Report on lock hospitals in British Burma
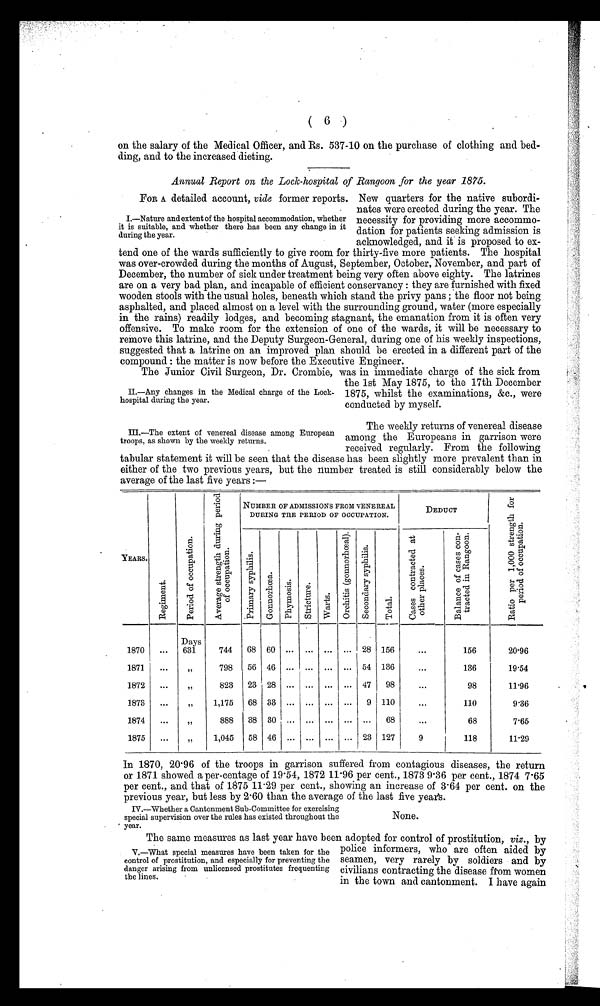
FOR A detailed account, vide former reports.
I.—Nature and extent of the hospital accommodation, whether
it is suitable, and whether there has been any change in it
during the year.
IL—Any changes in the Medical charge of the Lock-
hospital during the year.
III.—The extent of venereal disease among European
troops, as shown by the weekly returns.
( 6 )
on the salary of the Medical Officer, and Rs. 537-10 on the purchase of clothing and bed-
ding, and to the increased dieting.
Annual Report on the Lock–hospital of Rangoon for the year 1875.
New quarters for the native subordi-
nates were erected during the year. The
necessity for providing more accommo-
dation for patients seeking admission is
acknowledged, and it is proposed to ex-
tend one of the wards sufficiently to give room for thirty-five more patients. The hospital
was over-crowded during the months of August, September, October, November, and part of
December, the number of sick under treatment being very often above eighty. The latrines
are on a very bad plan, and incapable of efficient conservancy : they are furnished with fixed
wooden stools with the usual holes, beneath which stand the privy pans ; the floor not being
asphalted, and placed almost on a level with the surrounding ground, water (more especially
in the rains) readily lodges, and becoming stagnant, the emanation from it is often very
offensive. To make room for the extension of one of the wards, it will be necessary to
remove this latrine, and the Deputy Surgeon-General, during one of his weekly inspections,
suggested that a latrine on an improved plan should be erected in a different part of the
compound : the matter is now before the Executive Engineer.
The Junior Civil Surgeon, Dr. Crombie, was in immediate charge of the sick from
the 1st May 1875, to the 17th December
1875, whilst the examinations, &c., were
conducted by myself.
The weekly returns of venereal disease
among the Europeans in garrison were
received regularly. From the following
tabular statement it will be seen that the disease has been slightly more prevalent than in
either of the two previous years, but the number treated is still considerably below the
average of the last five years :—
YEARS.
R e g i m e n t
p e r i o d o f o c c u p a t i o n .
A v e r a g e s t r e n g t h d u r i n g p e r i o d
o f o c c u p a t i o n .
NUMBER OF ADMISSIONS FROM VENEREAL
DURING THE PERIOD OF OCCUPATION.
DEDUCT
R a t i o p e r 1 , 0 0 0 s t r e n g t h f o r p e r i o d o f o c c u p a t i o n .
P r i m a r y s y p h i l l i s .
G o n n o r h œ a .
P h y m o s i s .
S t r i c t u r e .
W a r t s .
o r c h i t i s ( g o n n o r h œ a l ) . S e c o n d a r y s y p h i l i s .
S e c o n d a r y s y p h i l i s .
T o t a l
C a s e s c o n t r a c t e d a t o t h e r p l a c e s
.
B a l a n c e o f c a s e s c o n -
t r a c t e d i n R a n g o o n .
1870
...
Days
631
744
68 60 ...
... ... ... 28 156
. . .
156
20.96
1871
...
”
798
56 46 ... ... ... ... 54 136
...
136
19.54
1872
...
”
823
23 28 ... ... ... ... 47
98
...
98
11.96
1873
...
” 1,175
68 33 ... ... ... ...
9 110
...
110
9.36
1874
...
”
888
88 30 ... ... ... ... ...
68
...
68
7.65
1875
...
” 1,045
58 46 ... ...
. . . ...
23 127
9
I 118
11.29
In 1870, 20. 96 of the troops in garrison suffered from contagious diseases, the return
or 1871 showed a per-centage of 19-54, 1872 11 . 96 per cent., 1873 9 .36 per cent., 1874 7.65
per cent., and that of 1875 11 . 29 per cent., showing an increase of 3 . 64 per cent. on the
previous year, but less by 2 . 60 than the average of the last five year's.
IV.—Whether a Cantonment Sub-Committee for exercising
special supervision over the rules has existed throughout the
year.
None.
The same measures as last year have been adopted for control of prostitution, viz., by
police informers, who are often aided by
seamen, very rarely by soldiers and by
civilians contracting the disease from women
in the town and cantonment. I have again
V.—What special measures have been taken for the
control of prostitution, and especially for preventing the
danger arising from unlicensed prostitutes frequenting
the lines.